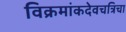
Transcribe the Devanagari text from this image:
विक्रमांकदेवचत्रिचा